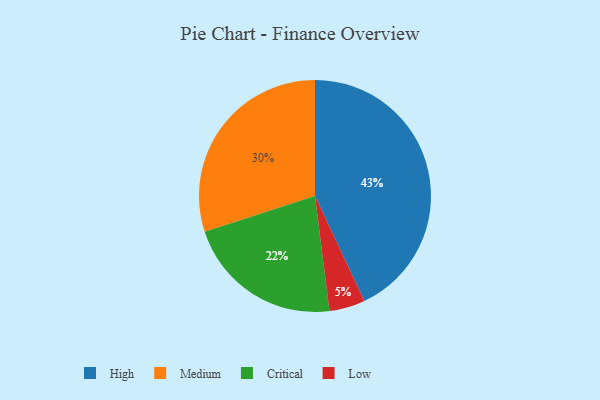
{"axis": {"x": "Category", "y": "Percentage"}, "legend": ["Critical", "High", "Low", "Medium"], "data": [{"x": "Low", "y": 5, "type": "Low"}, {"x": "Critical", "y": 22, "type": "Critical"}, {"x": "Medium", "y": 30, "type": "Medium"}, {"x": "High", "y": 43, "type": "High"}]}